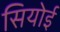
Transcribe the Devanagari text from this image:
सियोई